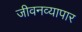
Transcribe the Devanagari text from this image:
जीवनव्यापार